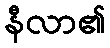
နီလာ၏